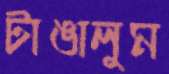
টাঙালুম